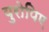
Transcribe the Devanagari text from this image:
युरोपिए